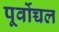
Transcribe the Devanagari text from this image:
पूर्वोच्चल